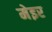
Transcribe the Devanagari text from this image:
मेइर